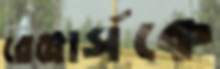
রেঞ্জার্সকে